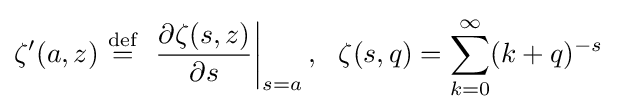
\zeta '(a,z)\ {\stackrel {\mathrm {def} }{=}}\ \left.{\frac {\partial \zeta (s,z)}{\partial s}}\right|_{s=a},\ \ \zeta (s,q)=\sum _{k=0}^{\infty }(k+q)^{-s}